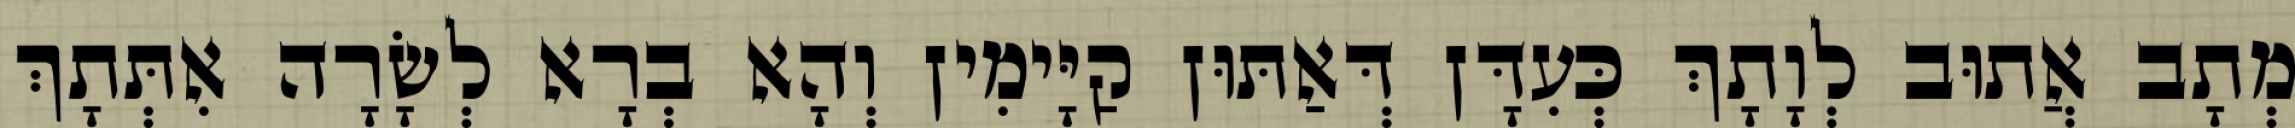
מְתָב אֲתוּב לְוָתָךְ כְּעִדָּן דְּאַתּוּן קַיָּימִין וְהָא בְרָא לְשָׂרָה אִתְּתָךְ